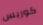
كوربس